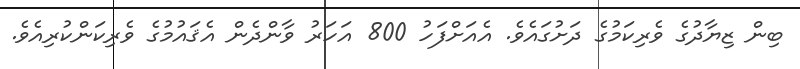
ބިން ޒިޔާދުގެ ވެރިކަމުގެ ދަށުގައެވެ. އެއަށްފަހު 800 އަހަރު ވާންދެން އެޤައުމުގެ ވެރިކަންކުރިއެވެ.